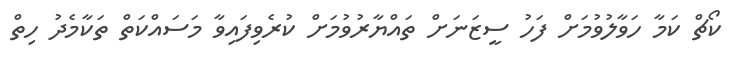
ކޯޗް ކަމާ ހަވާލުވުމަށް ފަހު ސީޒަނަށް ތައްޔާރުވުމަށް ކުރެވިފައިވާ މަސައްކަތް ތަކާމެދު ހިތް